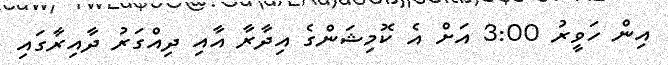
އިން ހަވީރު 3:00 އަށް އެ ކޮމިޝަންގެ އިދާރާ އާއި ދިއްގަރު ދާއިރާގައި